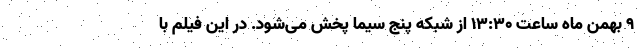
۹ بهمن ماه ساعت ۱۳:۳۰ از شبکه پنج سیما پخش می‌شود. در این فیلم با